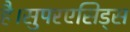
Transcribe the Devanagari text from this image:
है।सुपरएसिड्स